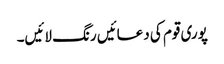
پوری قوم کی دعائیں رنگ لائیں۔